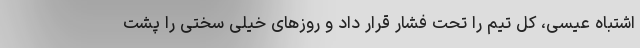
اشتباه عیسی، کل تیم را تحت فشار قرار داد و روزهای خیلی سختی را پشت